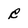
Character: r